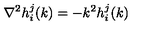
\nabla ^ { 2 } h _ { i } ^ { j } ( k ) = - k ^ { 2 } h _ { i } ^ { j } ( k )